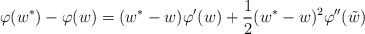
\begin{align*}\varphi(w^*)-\varphi(w)=(w^*-w)\varphi'(w)+\frac{1}{2}(w^*-w)^2\varphi''(\tilde{w})\end{align*}